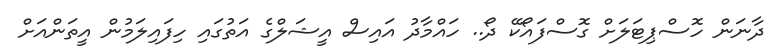
ދާނަން ހޮސްޕިޓަލަށް ގޮސްފައޯކޭ ދޯ.. ހައްމާދު އައިސް އީޝަލްގެ އަތުގައި ހިފައިލަމުން އީތަންއަށް